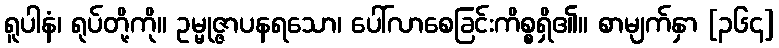
ရူပါနံ၊ ရုပ်တို့ကို။ ဥမ္မုဇ္ဇာပနရသော၊ ပေါ်လာစေခြင်းကိစ္စရှိ၏။ စာမျက်နှာ [၃၆၄]